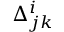
\Delta _ { j k } ^ { i }